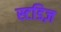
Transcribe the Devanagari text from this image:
स्टडिज़